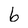
Character: 6